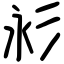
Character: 𢒋